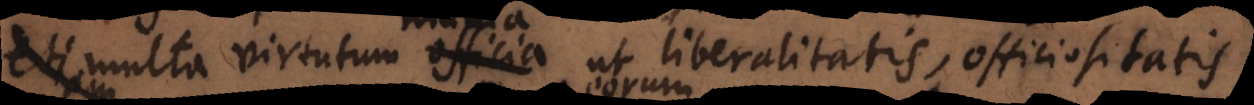
multa virtutum officia, ut liberalitatis, officiositatis